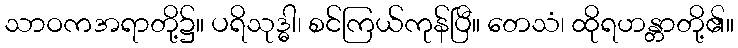
သာဝကအရာတို့၌။ ပရိသုဒ္ဓါ၊ စင်ကြယ်ကုန်ပြီ။ တေသံ၊ ထိုရဟန္တာတို့၏။